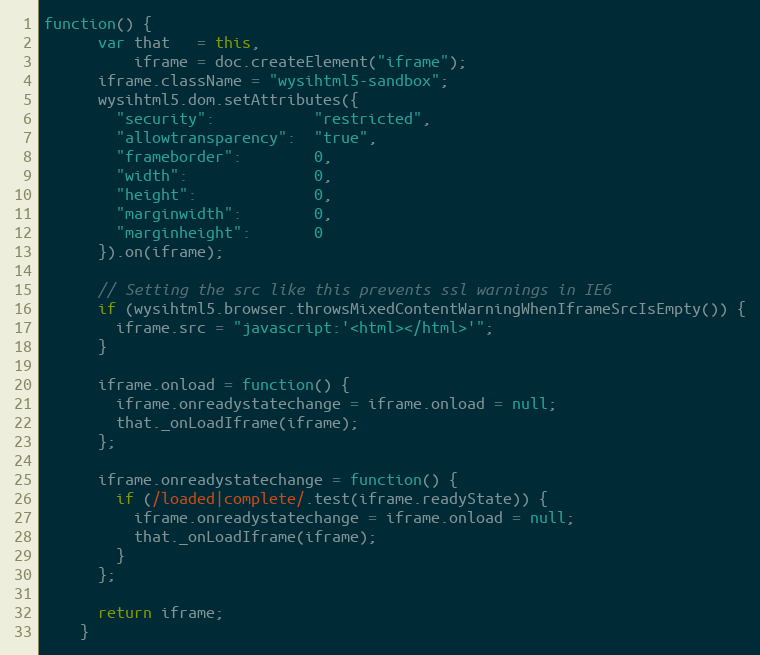
Language: JavaScript
function() {
      var that   = this,
          iframe = doc.createElement("iframe");
      iframe.className = "wysihtml5-sandbox";
      wysihtml5.dom.setAttributes({
        "security":           "restricted",
        "allowtransparency":  "true",
        "frameborder":        0,
        "width":              0,
        "height":             0,
        "marginwidth":        0,
        "marginheight":       0
      }).on(iframe);

      // Setting the src like this prevents ssl warnings in IE6
      if (wysihtml5.browser.throwsMixedContentWarningWhenIframeSrcIsEmpty()) {
        iframe.src = "javascript:'<html></html>'";
      }

      iframe.onload = function() {
        iframe.onreadystatechange = iframe.onload = null;
        that._onLoadIframe(iframe);
      };

      iframe.onreadystatechange = function() {
        if (/loaded|complete/.test(iframe.readyState)) {
          iframe.onreadystatechange = iframe.onload = null;
          that._onLoadIframe(iframe);
        }
      };

      return iframe;
    }